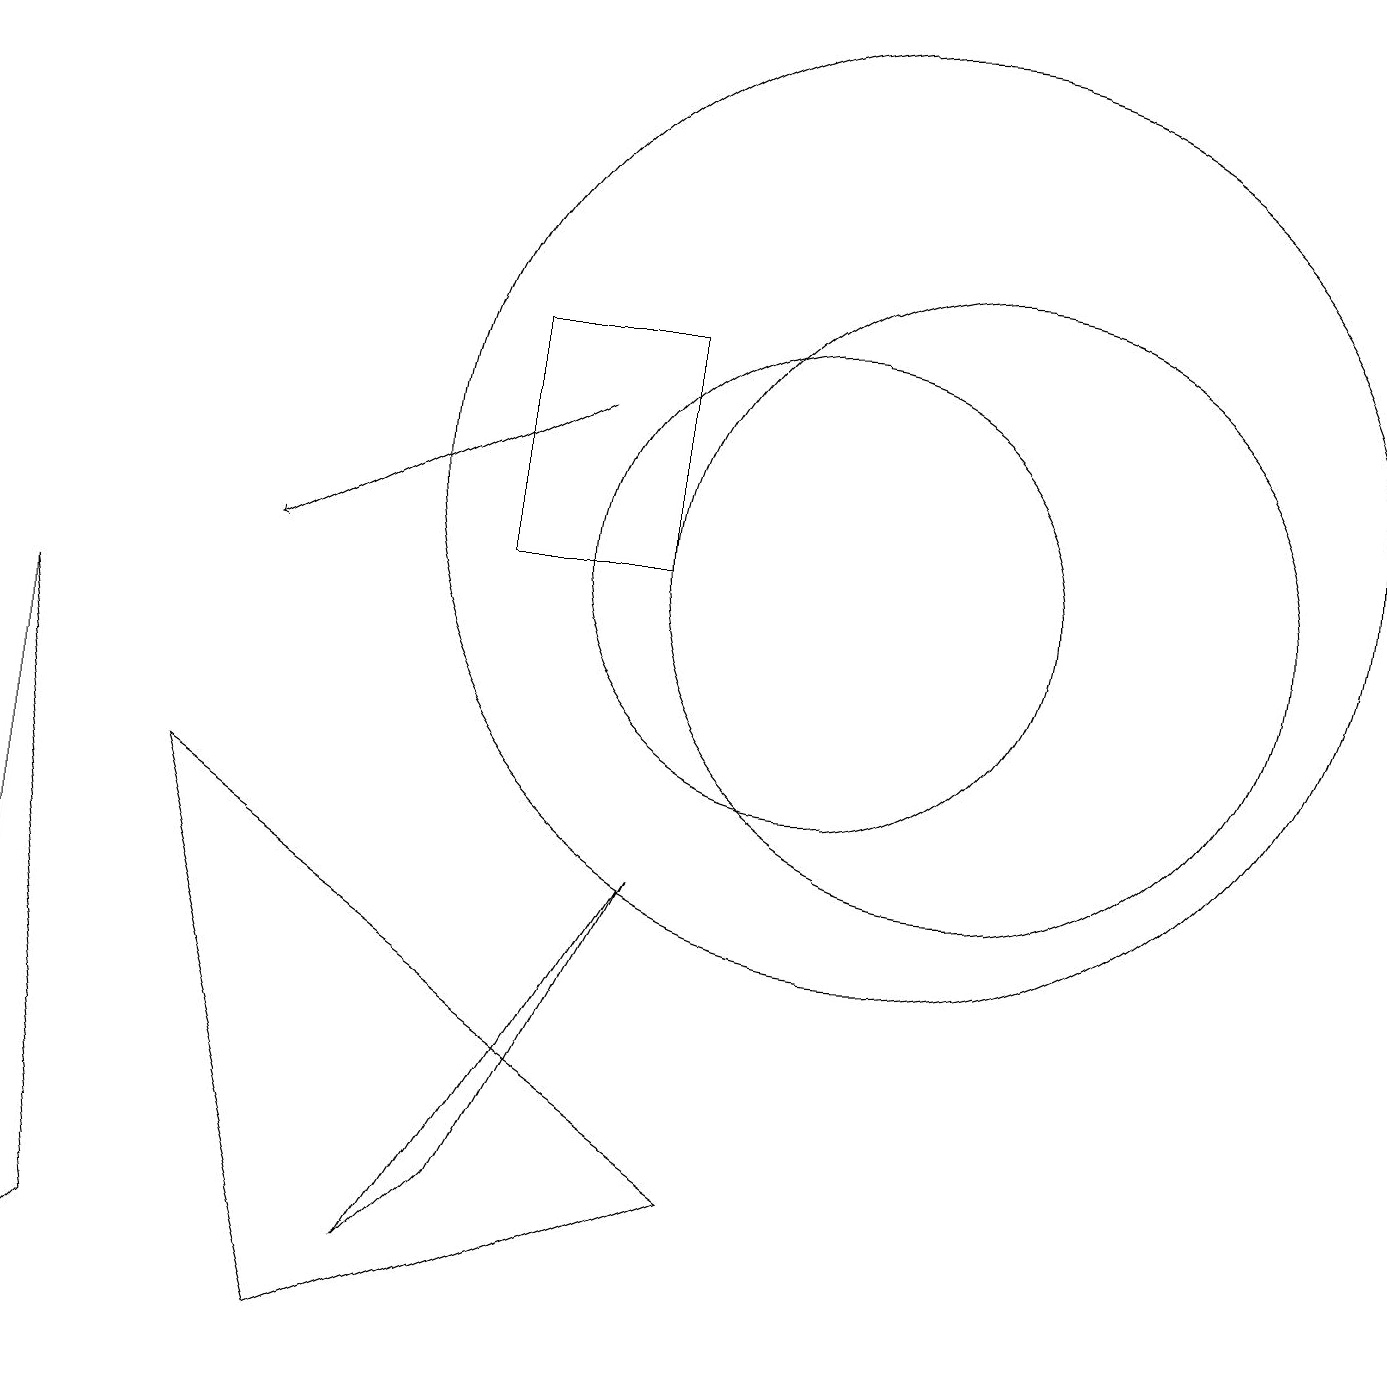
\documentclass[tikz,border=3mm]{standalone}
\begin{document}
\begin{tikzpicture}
\draw (11,11) circle (6);
\draw (5,1) -- (8,6) -- (6,2) -- cycle;
\draw (6,13) rectangle (8,10);
\draw (9,2) -- (2,7) -- (4,0) -- cycle;
\draw (12,10) circle (4);
\draw (0,0) -- (0,9) -- (1,1) -- cycle;
\draw[->] (7,12) -- (3,10);
\draw (10,10) circle (3);
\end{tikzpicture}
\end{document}